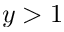
y > 1